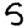
Digit: 5